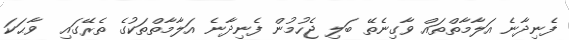
ފެނިދާނެ އަލާމާތްތައް ވާގިނެތޭ ބަލި ޖެހުމުން ފެނިދާނެ އަލާމާތްތަކުގެ ތެރޭގައި  ވާޙަކަ